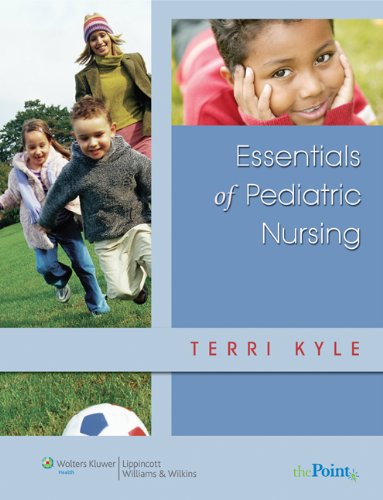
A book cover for PrepU for Kyle's Essentials of Pediatric Nursing; Theresa Kyle MSN  CPNP; Medical Books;